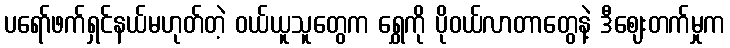
ပရော်ဖက်ရှင်နယ်မဟုတ်တဲ့ ဝယ်ယူသူတွေက ရွှေကို ပိုဝယ်လာတာတွေနဲ့ ဒီဈေးတက်မှုက